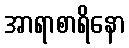
အာရာစာရိနော